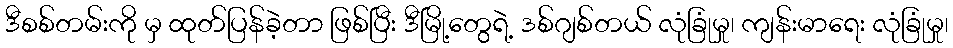
ဒီစစ်တမ်းကို မှ ထုတ်ပြန်ခဲ့တာ ဖြစ်ပြီး ဒီမြို့တွေရဲ့ ဒစ်ဂျစ်တယ် လုံခြုံမှု၊ ကျန်းမာရေး လုံခြုံမှု၊